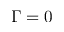
\Gamma = 0